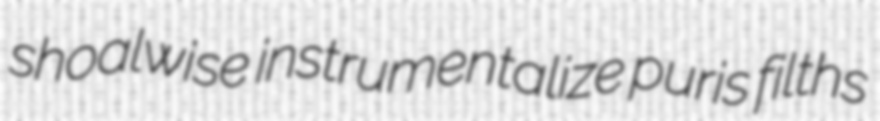
shoalwise instrumentalize puris filths